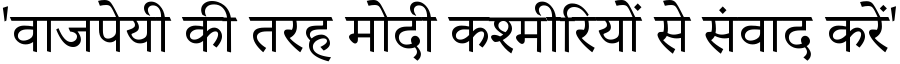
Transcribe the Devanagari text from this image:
'वाजपेयी की तरह मोदी कश्मीरियों से संवाद करें'